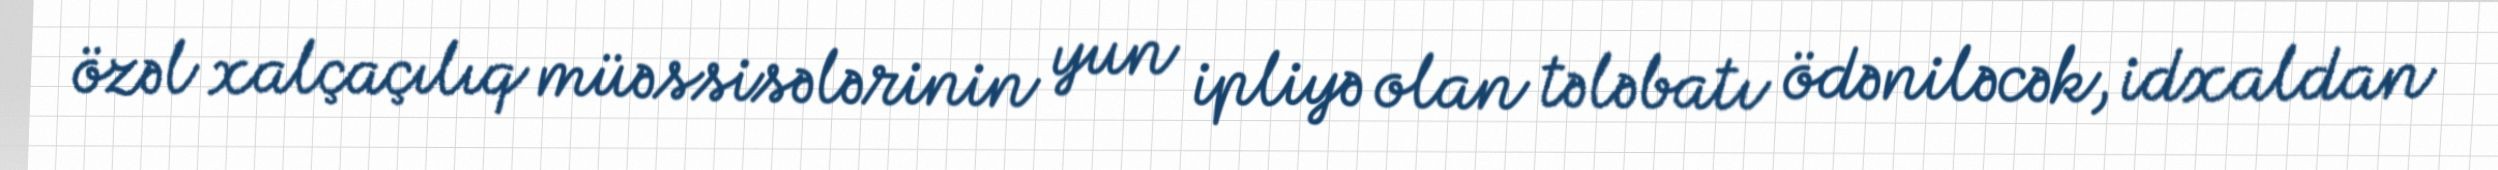
özəl xalçaçılıq müəssisələrinin yun ipliyə olan tələbatı ödəniləcək, idxaldan